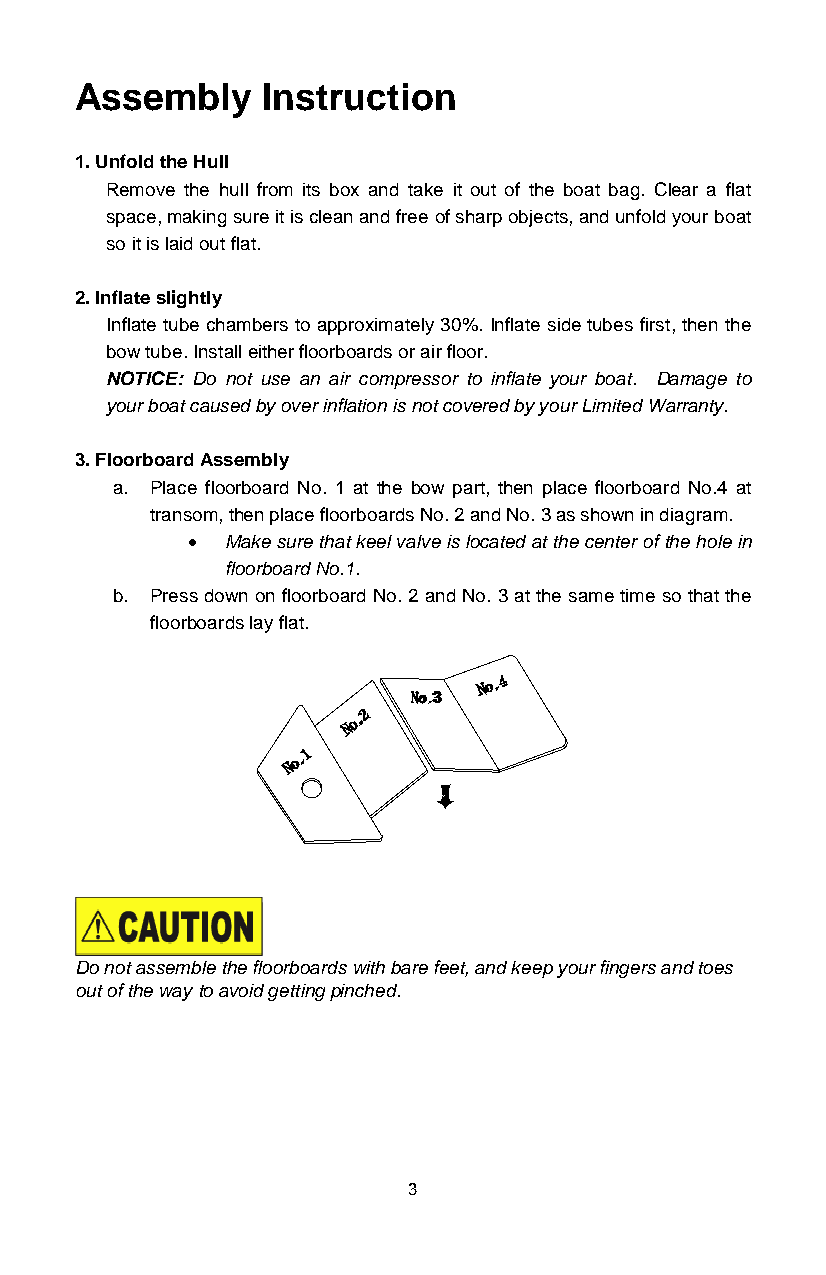
Assembly    Instruction
 1. Unfold the Hull
 Remove the hull from its box and take it out of the boat bag. Clear a flat
 space, making sure it is clean and free of sharp objects, and unfold your boat
 so it is laid out flat.
 2. Inflate slightly
 Inflate tube chambers to approximately 30%. Inflate side tubes first, then the
 bow tube. Install either floorboards or air floor.
 NOTICE: Do not use an air compressor to inflate your boat. Damage to
 your boat caused by over inflation is not covered by your Limited Warranty.
 3. Floorboard Assembly
 a. Place floorboard No. 1 at the bow part, then place floorboard No.4 at
 transom, then place floorboards No. 2 and No. 3 as shown in diagram.
 •  Make sure that keel valve is located at the center of the hole in
 floorboard No.1.
 b. Press down on floorboard No. 2 and No. 3 at the same time so that the
 floorboards lay flat.
 Do not assemble the floorboards with bare feet, and keep your fingers and toes
 out of the way to avoid getting pinched.
 3